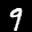
Label: 9